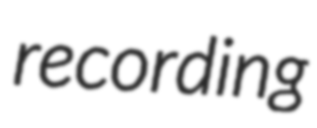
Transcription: recording